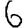
Digit: 6